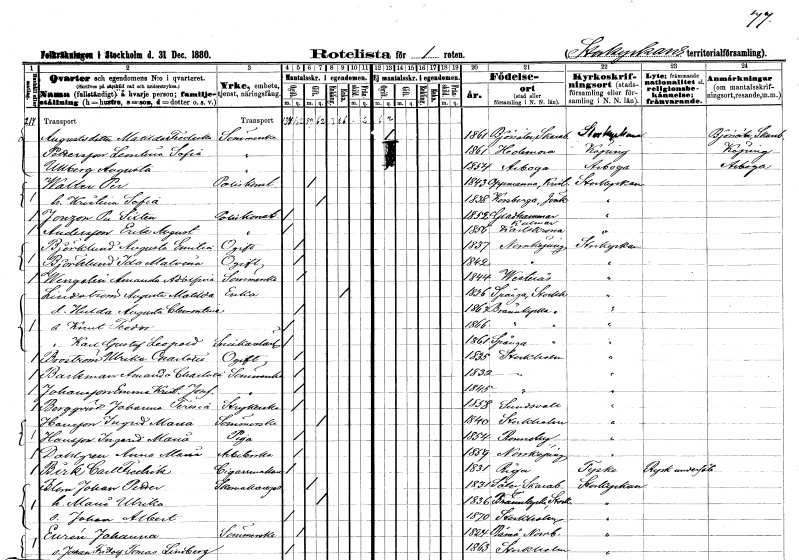
gt_parse: households: individuals: FN: Matilda Fredrika
EN: Augustsdotter
YRKE: Sömmerska
KON: K
CIV: O
FODAR: 1861
FODFORS: Björsäter Skaraborgs län
FN: Laurentina Sofia
EN: Pettersson
YRKE: Sömmerska
KON: K
CIV: O
FODAR: 1861
FODFORS: Hedemora Kopparbergs län
FN: Augusta
EN: Ullberg
YRKE: Sömmerska
KON: K
CIV: O
FODAR: 1854
FODFORS: Arboga Västmanlands län
FN: Per
EN: Walter
YRKE: Poliskonstapel
KON: M
CIV: G
FODAR: 1843
FODFORS: Oppmanna Kristianstads län
FN: Kristina Sofia
KON: K
CIV: G
FODAR: 1838
FODFORS: Korsberga Jönköpings län
FN: Per Sixten
EN: Jonsson
YRKE: Poliskonstapel
KON: M
CIV: O
FODAR: 1852
FODFORS: Gladhammar Kalmar län
FN: Erik August
EN: Andersson
YRKE: Poliskonstapel
KON: M
CIV: O
FODAR: 1856
FODFORS: Karlskrona Blekinge län
FN: Augusta Emilia
EN: Björklund
KON: K
CIV: O
FODAR: 1837
FODFORS: Norrköping Östergötlands län
FN: Ida Malvina
EN: Björklund
KON: K
CIV: O
FODAR: 1842
FODFORS: Norrköping Östergötlands län
FN: Amanda Adolfina
EN: Wengelin
YRKE: Sömmerska
KON: K
CIV: O
FODAR: 1844
FODFORS: Västerås Västmanlands län
FN: Augusta Matilda
EN: Lindström
YRKE: Änka
KON: K
CIV: E
FODAR: 1836
FODFORS: Spånga Stockholms län
FN: Hulda Augusta Clementina
KON: K
CIV: O
FODAR: 1863
FODFORS: Brännkyrka Stockholms län
FN: Knut Teodor
KON: M
CIV: O
FODAR: 1866
FODFORS: Brännkyrka Stockholms län
FN: Karl Gustaf Leopold
YRKE: Snickarelärling
KON: M
CIV: O
FODAR: 1861
FODFORS: Spånga Stockholms län
FN: Ulrika Charlotta
EN: Broström
KON: K
CIV: O
FODAR: 1835
FODFORS: Stockholm
FN: Amanda Charlotta
EN: Backman
YRKE: Sömmerska
KON: K
CIV: O
FODAR: 1832
FODFORS: Stockholm
FN: Emma Kristina Josefina
EN: Johansson
YRKE: Sömmerska
KON: K
CIV: O
FODAR: 1845
FODFORS: Stockholm
FN: Johanna Teresia
EN: Bergqvist
YRKE: Strykerska
KON: K
CIV: O
FODAR: 1858
FODFORS: Sundsvall Västernorrlands län
FN: Ingrid Maria
EN: Hansson
YRKE: Sömmerska
KON: K
CIV: G
FODAR: 1840
FODFORS: Stockholm
FN: Ingerid Maria
EN: Hansson
YRKE: Piga
KON: K
CIV: O
FODAR: 1854
FODFORS: Ronneby Blekinge län
FN: Anna Maria
EN: Dahlgren
YRKE: Arbeterska
KON: K
CIV: O
FODAR: 1859
FODFORS: Norrköping Östergötlands län
FN: Carl Fredrik
EN: Birk
YRKE: Cigarrmakare
KON: M
CIV: O
FODAR: 1831
FN: Johan Petter
EN: Blom
YRKE: Skomakaregesäll
KON: M
CIV: G
FODAR: 1831
FODFORS: Säter Skaraborgs län
FN: Maria Ulrika
KON: K
CIV: G
FODAR: 1836
FODFORS: Brännkyrka Stockholms län
FN: Johan Albert
KON: M
CIV: O
FODAR: 1870
FODFORS: Stockholm